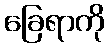
ခြေရာကို